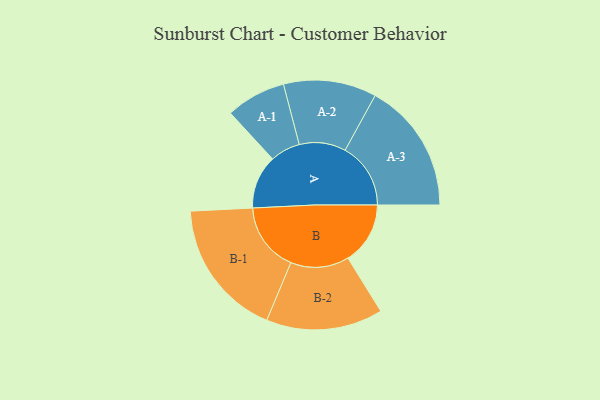
{"axis": {"x": "Segment", "y": "Value"}, "legend": ["", "A", "B"], "data": [{"x": "A", "y": 231, "type": ""}, {"x": "B", "y": 268, "type": ""}, {"x": "A-1", "y": 129, "type": "A"}, {"x": "A-2", "y": 200, "type": "A"}, {"x": "A-3", "y": 282, "type": "A"}, {"x": "B-1", "y": 297, "type": "B"}, {"x": "B-2", "y": 251, "type": "B"}]}